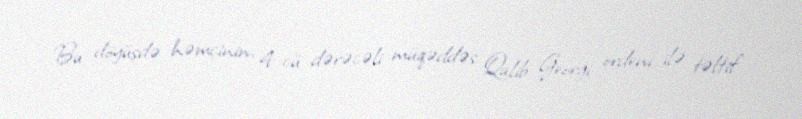
Bu döyüşdə həmçinin, 4-cü dərəcəli müqəddəs Qalib Georgi ordeni ilə təltif